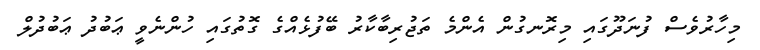
މިހާރުވެސް ފުނަދޫގައި މިރޮނގުން އެންމެ ތަޖުރިބާކާރު ބޭފުޅެއްގެ ގޮތުގައި ހުންނެވީ ޢަބުދު ޢަބުދުލް